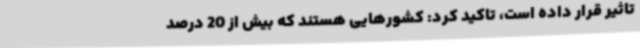
تاثیر قرار داده است، تاکید کرد: کشورهایی هستند که بیش از 20 درصد